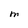
Character: M